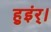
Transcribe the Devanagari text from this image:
हुइंर्।